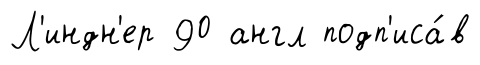
Л'индн'ер 90 англ подп'иса́в